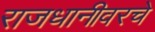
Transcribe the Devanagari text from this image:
राजधानीवरचे